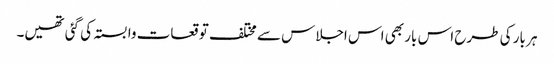
ہر بار کی طرح اس بار بھی اس اجلاس سے مختلف توقعات وابستہ کی گئی تھیں۔